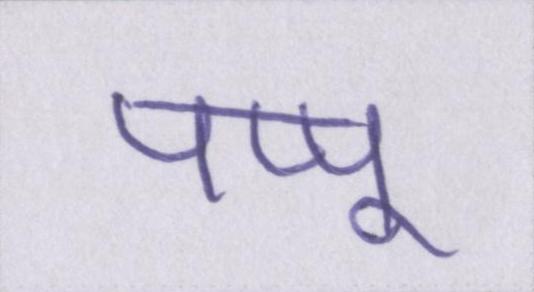
पप्पू